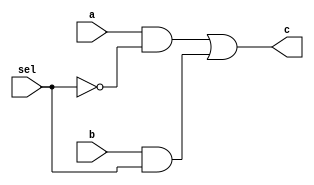
module MUX2to1 (c,a,b,sel);

  output c;
  input a,b,sel;

  not 	g1(sel_, sel);
  and 	g2(a1, a, sel_);
  and 	g3(b1, b, sel);
  or  	g4(c, a1, b1);

endmodule